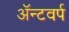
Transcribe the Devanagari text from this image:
ॲन्टवर्प